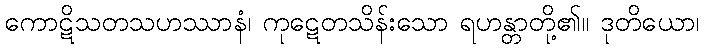
ကောဋိသတသဟဿာနံ၊ ကုဋေတသိန်းသော ရဟန္တာတို့၏။ ဒုတိယော၊